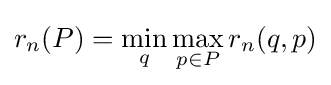
r_{n}(P)=\min _{q}\max _{p\in P}r_{n}(q,p)